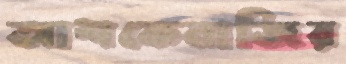
আশকেনাজির